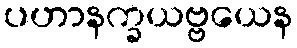
ပဟာနက္ခယဗ္ဗယေန